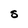
Character: S